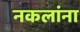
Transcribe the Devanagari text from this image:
नकलांना